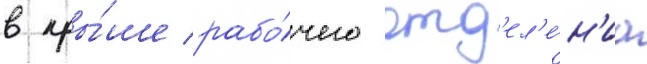
в кры́ше рабо́чего отд'ел'е́н'иа